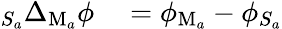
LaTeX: \begin{array}{rl}{_{S_{a}}\Delta_{\mathrm{M}_{a}}\phi}&{{}=\phi_{\mathrm{M}_{a}}-\phi_{S_{a}}}\end{array}